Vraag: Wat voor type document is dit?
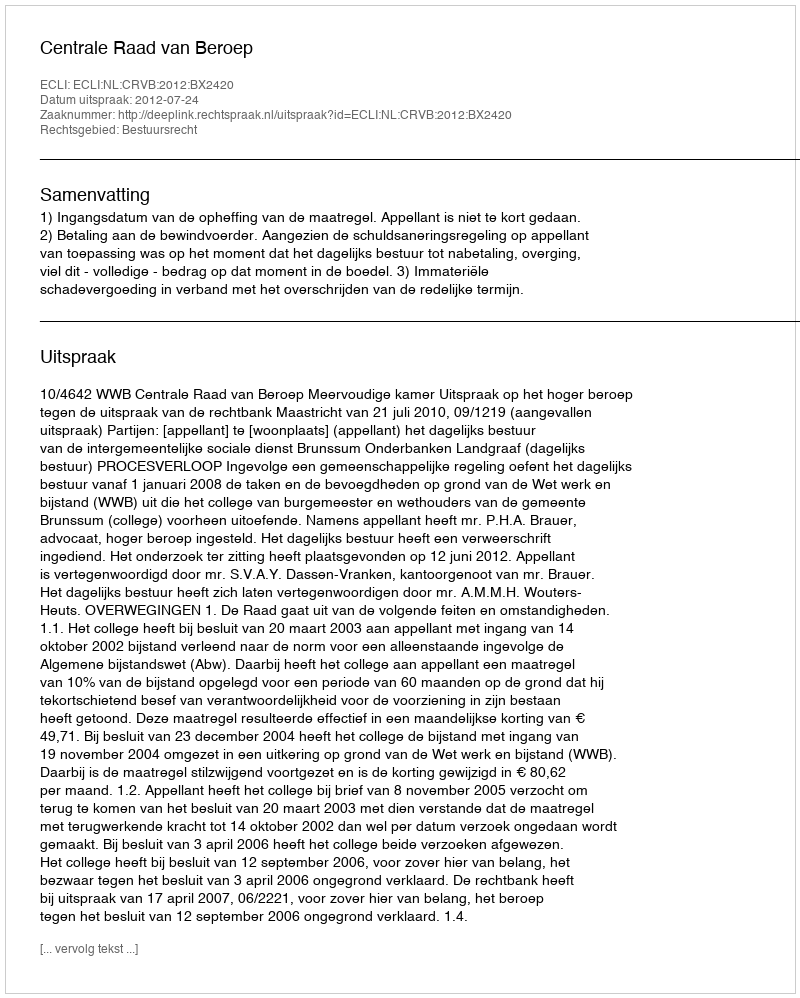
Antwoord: Uitspraak